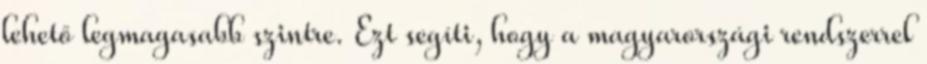
lehető legmagasabb szintre. Ezt segíti, hogy a magyarországi rendszerrel